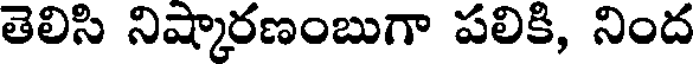
తెలిసి నిష్కారణంబుగా పలికి, నింద